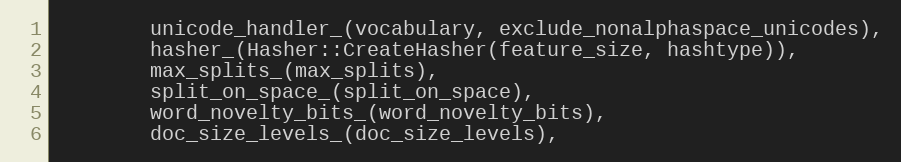
Language: C++
        unicode_handler_(vocabulary, exclude_nonalphaspace_unicodes),
        hasher_(Hasher::CreateHasher(feature_size, hashtype)),
        max_splits_(max_splits),
        split_on_space_(split_on_space),
        word_novelty_bits_(word_novelty_bits),
        doc_size_levels_(doc_size_levels),